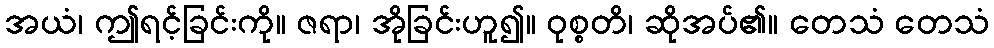
အယံ၊ ဤရင့်ခြင်းကို။ ဇရာ၊ အိုခြင်းဟူ၍။ ဝုစ္စတိ၊ ဆိုအပ်၏။ တေသံ တေသံ